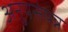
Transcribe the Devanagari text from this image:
अनुपसंपन्न